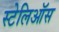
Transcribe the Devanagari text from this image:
स्टेलिऑस